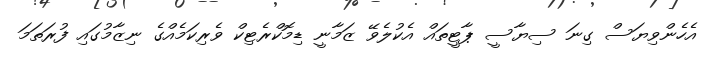
އެހެންވިޔަސް ގިނަ ސިޔާސީ ޕާޓީތައް އެކުލެވޭ ޒަމާނީ ޑިމޮކްރެޓިކް ވެރިކަމެއްގެ ނިޒާމުގައި ފުރަތަމަ